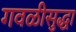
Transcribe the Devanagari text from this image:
गवळीसुद्धा